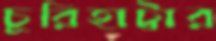
চুরিহাট্টার